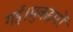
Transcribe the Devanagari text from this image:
गई।मुकद्दमों